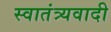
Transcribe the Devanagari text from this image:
स्वातंत्र्यवादी